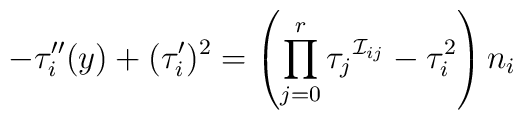
-\tau _{i}^{\prime \prime }(y)+(\tau _{i}^{\prime })^{2}=\left(\prod_{j=0}^{r}\tau _{j}{}^{\mathcal{I}_{ij}}-\tau _{i}^{2}\right) n_{i}